Madras plague regulations in force outside the Presidency town - Volume 7
Disease focus: Plague
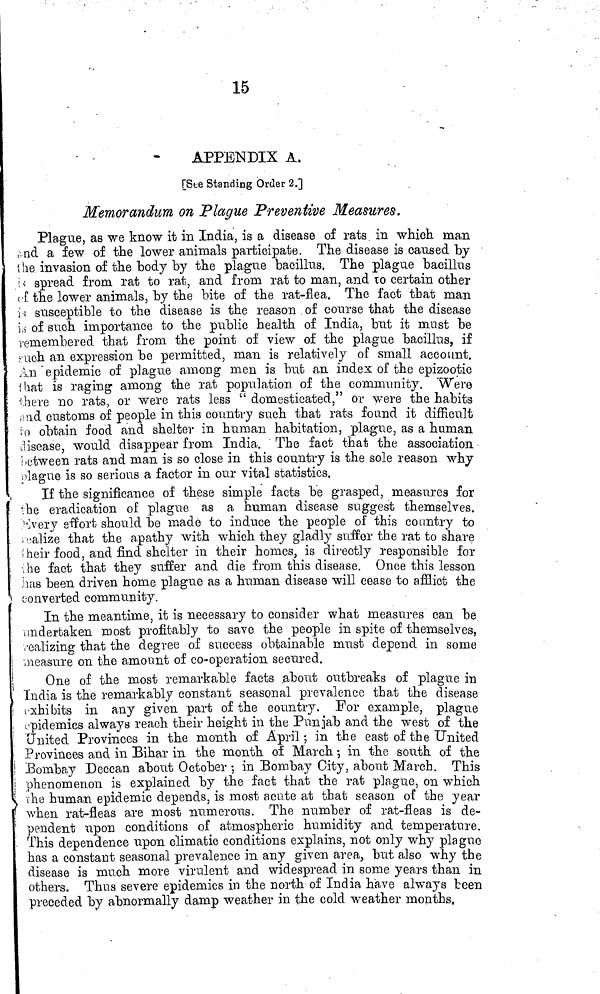
15
APPENDIX A.
[Ste Standing Order 2.]
Memorandum on Plague Preventive Measures.
Plague, as we know it in India, is a disease of rats in which ma,n
, nd a few of the lower animals participate. The disease is caused by
the invasion of the body by the plague bacillus. The plague bacillus
i • ! spread from rat to rat, and from rat to man, and to certain other
c£ the lower animals, by the bite of the rat-flea. The fact that man
ii susceptible to the disease is the reason of course that the disease
\A of such importance to the public health of India, but it must be
remembered that from the point of view of the plague bacillus, if
fiich an expression bo permitted, man is relatively of small account.
An " epidemic of plague among men is but an index of the epizootic
i hat is raging among the rat population of the community. Were
•¡.here no rats, or were rats less " domesticated," or were the habits
,>!id customs of people in this country such that rats found it difficult
J ,o obtain food and shelter in human habitation, plague, as a human
disease, would disappear from India. The fact that the association
: -etween rats and man is so close in this country is the sole reason why
¡xlague is so serious a factor in our vital statistics.
If the significance of these simple facts be grasped, measures for
•he eradication of plague as a human disease suggest themselves.
">eïv effort should be made to induce the people of this country to
, »alize that the apathy with which they gladly suffer the rat to share
! heir food, and find shelter in their homes, is directly responsible for
•;he fact that they suffer and die from this disease. Once this lesson
'ias been driven home plague as a human disease will cease to afflict the
c-onverted community.
In the meantime, it is necessary to consider what measures can be
¡indertaken most profitably to save the people in spite of themselves,
,-ealizing that the degree of success obtainable must depend in some
measure on the amount of co-operation secured.
One of the most remarkable facts about outbreaks of plague in
India is the remarkably constant seasonal prevalence tha,t the disease
exhibits in any given part of the country. For example, plague
epidemics always reach their height in the Punjab and the west of the
United Provinces in the month of April ; in the east of the United
Provinces and in Bihar in the month of March - , in the south of the
Bombay Deccan about October - , in Bombay City, about March. This
phenomenon is explained by the fact that the rat plague, on which
i he human epidemic depends, is most acute at that season of the year
when rat-fleas are most numerous. The number of rat-fleas is de-
pendent upon conditions of atmospheric humidity and temperature.
This dependence upon climatic conditions explains, not only why plague
has a constant seasonal prevalence in any given area, but also why the
disease is much more virulent and widespread in some years than in
others. Thus severe epidemics in the north of India have always teen
preceded by abnormally damp weather in the cold weather months,